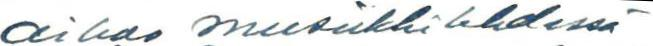
aikoo musiikkilehdessä